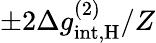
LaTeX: \pm 2\Delta g_{\mathrm{int,\mathrm{H}}}^{(2)}/Z